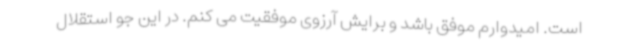
است. امیدوارم موفق باشد و برایش آرزوی موفقیت می کنم. در این جو استقلال